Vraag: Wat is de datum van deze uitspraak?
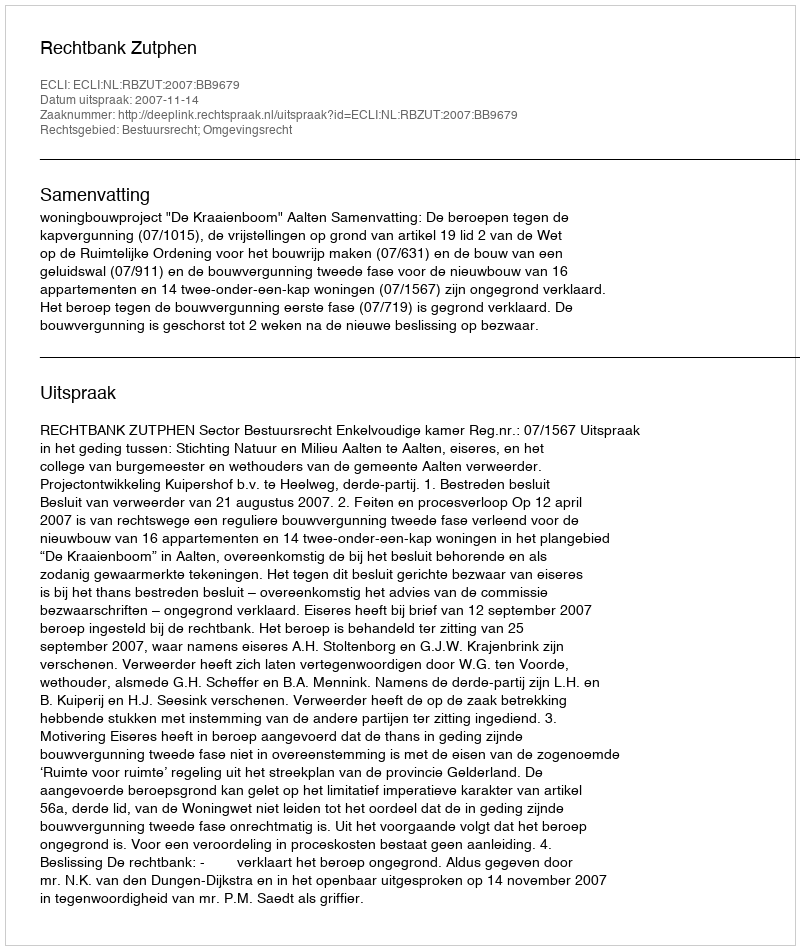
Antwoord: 2007-11-14